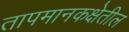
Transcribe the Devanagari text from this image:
तापमानकक्षेतील